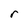
Character: r